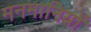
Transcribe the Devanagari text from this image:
मनमानियों